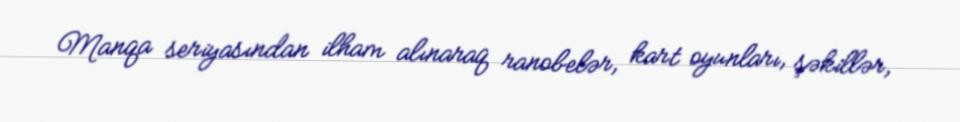
Manqa seriyasından ilham alınaraq ranobelər, kart oyunları, şəkillər,